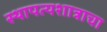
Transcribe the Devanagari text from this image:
स्थापत्यशात्राचा